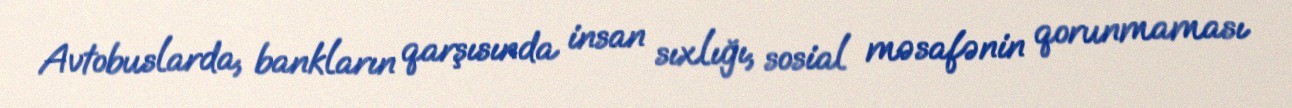
Avtobuslarda, bankların qarşısında insan sıxlığı, sosial məsafənin qorunmaması